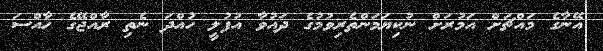
އޭނާގެ މައްޗަށް އަމުރަށް ނުކިޔަމަންތެރިވުމުގެ ދައުވާ އުފުލީ ހުއްދަ ނެތި ރާއްޖޭގެ ހާއްސަ